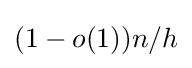
(1-o(1))n/h